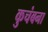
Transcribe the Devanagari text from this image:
कुचंबना